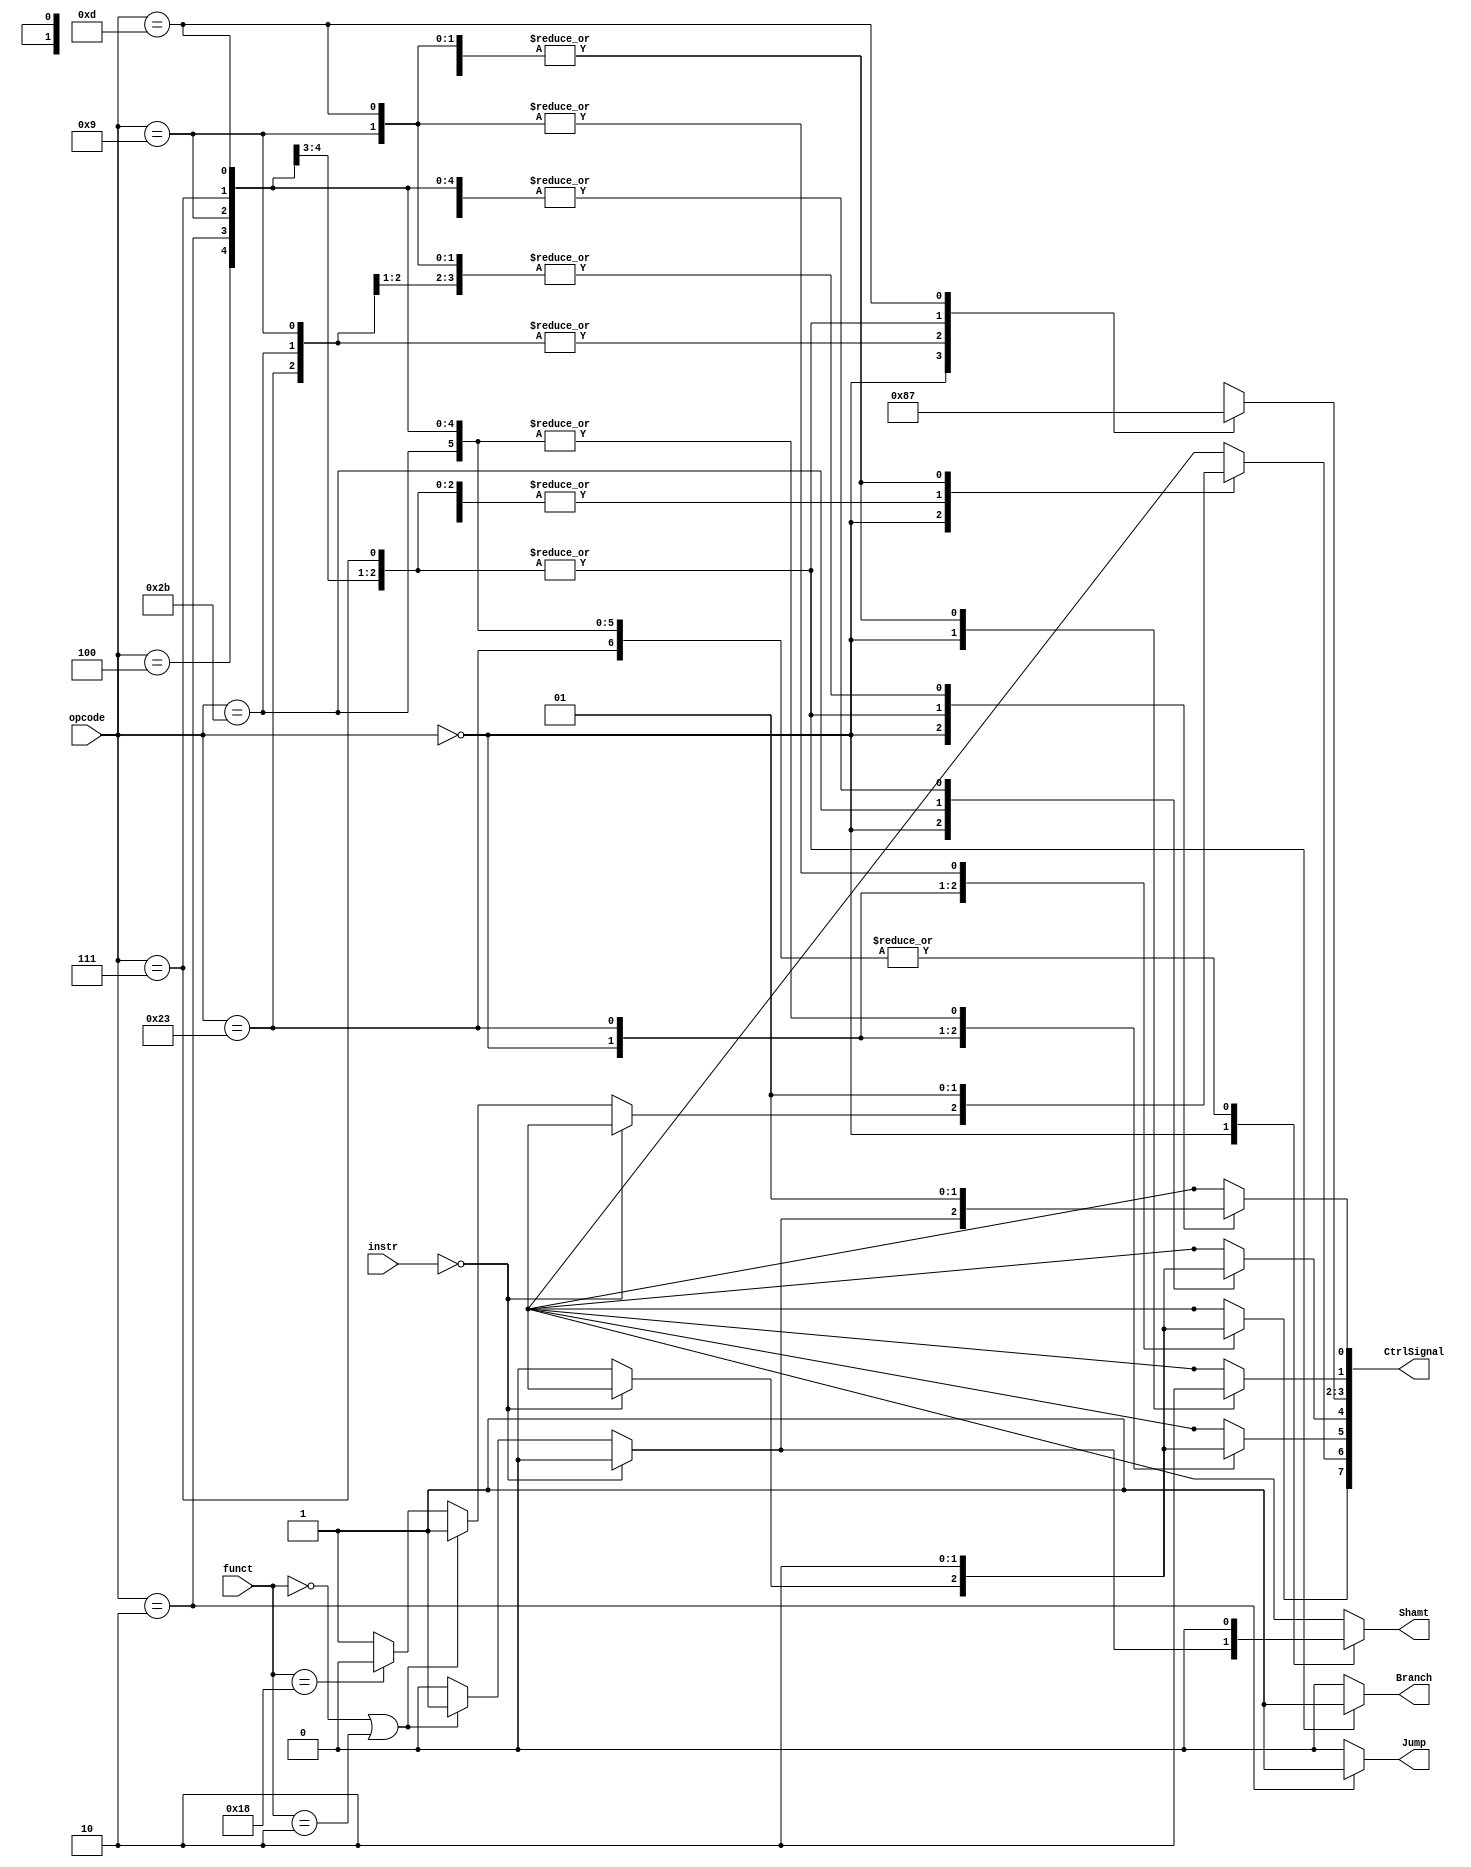
/*
	Title: MIPS Single-Cycle Control Unit
	Editor: Selene (Computer System and Architecture Lab, ICE, CYCU)
	
	Input Port
		1. opcode: JONAT
	Input Port
		1. RegDst: RFMUX
		2. ALUSrc: ALUMUX
		3. MemtoReg: WRMUX
		4. RegWrite: sO_igJ
		5. MemRead:  OO_iX
		6. MemWrite: OO_igJ
		7. Branch: PALUXzeroTANDBPCMUX
		8. ALUOp: XALU Control
*/
module control_single( instr, opcode, funct, Branch, Jump, Shamt, CtrlSignal );
	
	input[31:0] instr ;
    input[5:0] opcode, funct;
    output  Branch, Jump, Shamt;
	output[7:0] CtrlSignal ;
    reg RegDst, ALUSrc, MemtoReg, RegWrite, MemRead, MemWrite, Branch, Jump, Shamt;
    reg[1:0] ALUOp;

    parameter R_FORMAT = 6'd0;
    parameter LW = 6'd35;
    parameter SW = 6'd43;
    parameter BEQ = 6'd4;
	parameter J = 6'd2;
    parameter ADDIU = 6'd9;
	parameter BGTZ = 6'd7;
	parameter MULTI = 6'd24;
	parameter MFHI = 6'd16;
	parameter MFLO = 6'd18;
	parameter ORI = 6'd13;
		
    always @( opcode or instr ) begin
        case ( opcode )
          R_FORMAT : 
          begin
		        if( instr == 32'd0 )
				begin
				    RegDst = 1'b1; ALUSrc = 1'b0; MemtoReg = 1'bx; RegWrite = 1'bx; MemRead = 1'bx; 
				    MemWrite = 1'bx; Branch = 1'b0; Jump = 1'b0; ALUOp = 2'b10; Shamt = 1'b0;
				end
				else
				  begin
				    RegDst = 1'b1; ALUSrc = 1'b0; MemtoReg = 1'b0; RegWrite = 1'b1; MemRead = 1'b0; 
				    MemWrite = 1'b0; Branch = 1'b0; Jump = 1'b0; ALUOp = 2'b10; Shamt = 1'b0;
                    if ( funct == 6'd0 || funct == 6'd2 )
				    begin 
				      ALUSrc = 1'b1; Shamt = 1'b1;
				    end
					else if ( funct == 6'd24 )
					begin
					  RegWrite = 1'b0;
					end
				  end
		  end
          LW :
          begin
				RegDst = 1'b0; ALUSrc = 1'b1; MemtoReg = 1'b1; RegWrite = 1'b1; MemRead = 1'b1; 
				MemWrite = 1'b0; Branch = 1'b0; Jump = 1'b0; ALUOp = 2'b00; Shamt = 1'b0;
          end
          SW :
          begin
				RegDst = 1'bx; ALUSrc = 1'b1; MemtoReg = 1'bx; RegWrite = 1'b0; MemRead = 1'b0; 
				MemWrite = 1'b1; Branch = 1'b0; Jump = 1'b0; ALUOp = 2'b00; Shamt = 1'b0;
          end
          BEQ :
          begin
				RegDst = 1'bx; ALUSrc = 1'b0; MemtoReg = 1'bx; RegWrite = 1'b0; MemRead = 1'b0; 
				MemWrite = 1'b0; Branch = 1'b1; Jump = 1'b0; ALUOp = 2'b01; Shamt = 1'b0;
          end
		  J :
		  begin
				RegDst = 1'bx; ALUSrc = 1'b0; MemtoReg = 1'bx; RegWrite = 1'b0; MemRead = 1'b0; 
				MemWrite = 1'b0; Branch = 1'b1; Jump = 1'b1; ALUOp = 2'b01; Shamt = 1'b0;
		  end
		  ADDIU :
          begin
              	RegDst = 1'b0; ALUSrc = 1'b1; MemtoReg = 1'b0; RegWrite = 1'b1; MemRead = 1'b0; 
             	MemWrite = 1'b0; Branch = 1'b0; Jump = 1'b0; ALUOp = 2'b00; Shamt = 1'b0;
          end
		  BGTZ :
          begin
				RegDst = 1'bx; ALUSrc = 1'b0; MemtoReg = 1'bx; RegWrite = 1'b0; MemRead = 1'b0; 
				MemWrite = 1'b0; Branch = 1'b1; Jump = 1'b0; ALUOp = 2'b01; Shamt = 1'b0;
          end
		  ORI :
          begin
				RegDst = 1'b0; ALUSrc = 1'b1; MemtoReg = 1'b0; RegWrite = 1'b1; MemRead = 1'b0; 
				MemWrite = 1'b0; Branch = 1'b0; Jump = 1'b0; ALUOp = 2'b11; Shamt = 1'b0;
          end
          default
          begin
				$display("control_single unimplemented opcode %d", opcode);
				RegDst=1'bx; ALUSrc=1'bx; MemtoReg=1'bx; RegWrite=1'bx; MemRead=1'bx; 
				MemWrite=1'bx; Branch=1'b0; Jump = 1'b0; ALUOp = 2'bxx; Shamt = 1'bx;
          end

        endcase
    end
	
	assign CtrlSignal = { MemtoReg, RegWrite, MemRead, MemWrite, ALUOp, RegDst, ALUSrc } ;
	
endmodule